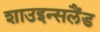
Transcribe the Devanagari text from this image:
शाउइन्सलैंड